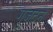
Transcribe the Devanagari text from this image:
गुज़टन